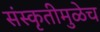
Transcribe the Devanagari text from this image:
संस्कृतीमुळेच